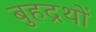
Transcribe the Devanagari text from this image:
बुहद्रथों